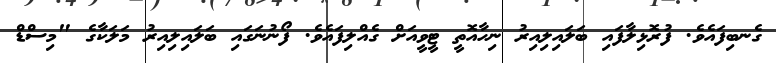
ގެނބިފައެވެ. ފުރޮޅިލާފައި ބަލައިލިއިރު ނިހާއޮތީ ޓީވީއަށް ގެއްލިފައެވެ. ފޯނުނަގައި ބަލައިލިއިރު މަލަކާގެ "މިސްޑް